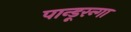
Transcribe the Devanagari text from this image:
पान्डूरन्गा